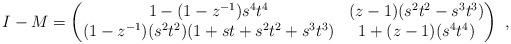
LaTeX: \begin{align*}I-M=\begin{pmatrix} 1-(1-z^{-1})s^{4}t^{4} & (z-1)(s^{2}t^{2}-s^{3}t^{3}) \\ (1-z^{-1})(s^{2}t^{2})(1+st+s^{2}t^{2}+s^{3}t^{3}) & 1+(z-1)(s^{4}t^{4}) \end{pmatrix} \ ,\end{align*}